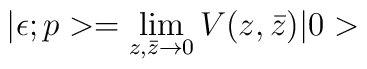
|\epsilon; p>=\lim _{z,\bar{z}\rightarrow 0}V(z, \bar{z})|0>